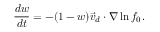
\frac { d w } { d t } = - ( 1 - w ) \Vec { v } _ { d } \cdot \nabla \ln { f _ { 0 } } .